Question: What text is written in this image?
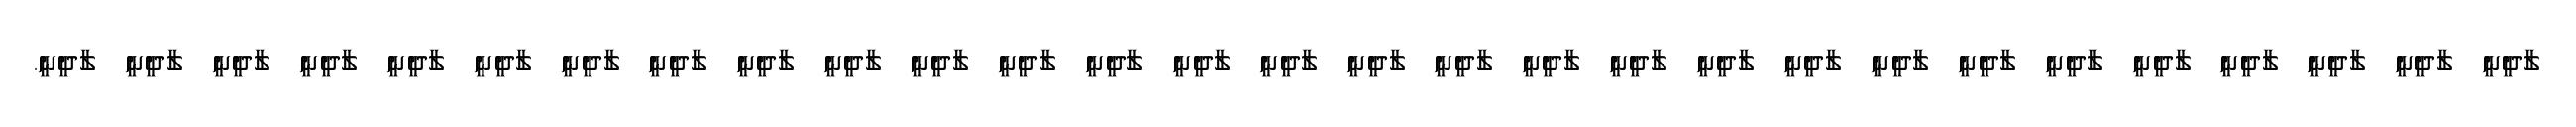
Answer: ލާދީނީ ލާދީނީ ލާދީނީ ލާދީނީ ލާދީނީ ލާދީނީ ލާދީނީ ލާދީނީ ލާދީނީ ލާދީނީ ލާދީނީ ލާދީނީ ލާދީނީ ލާދީނީ ލާދީނީ ލާދީނީ ލާދީނީ ލާދީނީ ލާދީނީ ލާދީނީ ލާދީނީ ލާދީނީ ލާދީނީ ލާދީނީ ލާދީނީ ލާދީނީ ލާދީނީ ލާދީނީ ލާދީނީ.